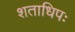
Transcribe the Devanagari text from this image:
शताधिपः